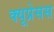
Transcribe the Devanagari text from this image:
क्यूप्रेसस